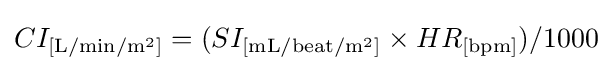
CI_{\mathrm {[L/min/{m}^{2}]} }=(SI_{\mathrm {[mL/beat/{m}^{2}]} }\times HR_{\mathrm {[bpm]} })/1000